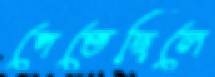
পেতেছিলে